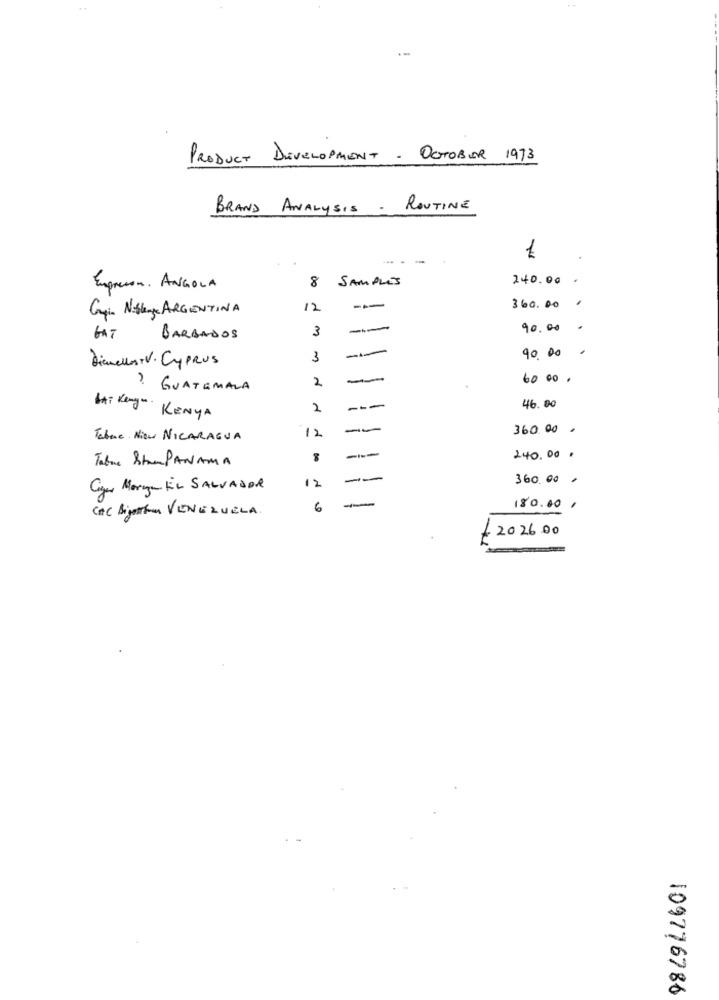
PRODUCT DEVELOPMENT . OCTOBER 1993
BRAND ANALYSIS . ROUTINE
8 SAMPLES
240.00
Expreson . ANGOLA
Grafia Nislenge ARGENTINA
12
---
360.00 ,
3
90.00 .
GAT
BARBADOS
.
Dianeles V. Cyprus
3
90. 00
-
60 00.
? GUATEMALA
2
---
2
46.00
HAT Kengo KENYA
360.00 .
Tabnic Niew NICARAGUA
12
Table StranPANAMA
--
240.00 .
12
--
360.00.
Cyn Morgan EL SALVADOR
--
CAC BijeEn VENEZUELA
6
180.00,
20 2600
109776786